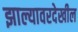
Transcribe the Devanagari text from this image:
झाल्यावरदेखील